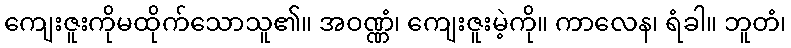
ကျေးဇူးကိုမထိုက်သောသူ၏။ အဝဏ္ဏံ၊ ကျေးဇူးမဲ့ကို။ ကာလေန၊ ရံခါ။ ဘူတံ၊